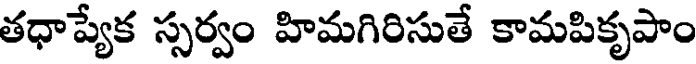
తధాప్యేక స్సర్వం హిమగిరిసుతే కామపికృపాం